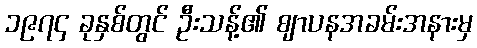
၁၉၇၄ ခုနှစ်တွင် ဦးသန့်၏ ဈာပနအခမ်းအနားမှ